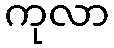
ကုလာ